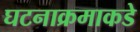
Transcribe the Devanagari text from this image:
घटनाक्रमाकडे